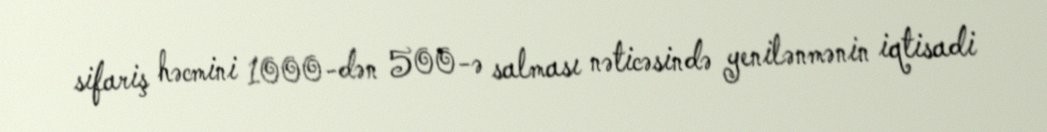
sifariş həcmini 1000-dən 500-ə salması nəticəsində yenilənmənin iqtisadi